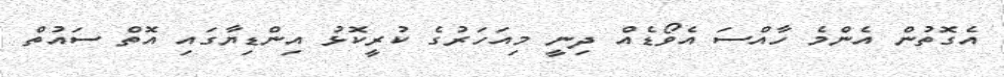
އެގޮތުން އެންމެ ހާއްސަ އެވޯޑެއް ދިނީ މިއަހަރުގެ ކުރީކޮޅު އިންޑިޔާގައި އޮތް ސައުތް